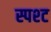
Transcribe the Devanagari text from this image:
स्पश्‍ट